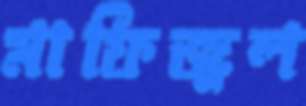
মাফিজুল